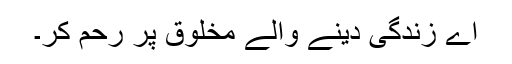
اے زندگی دینے والے مخلوق پر رحم کر۔